Report on vaccination in Madras 1877-1894 - 1877-1894
Year: 1877
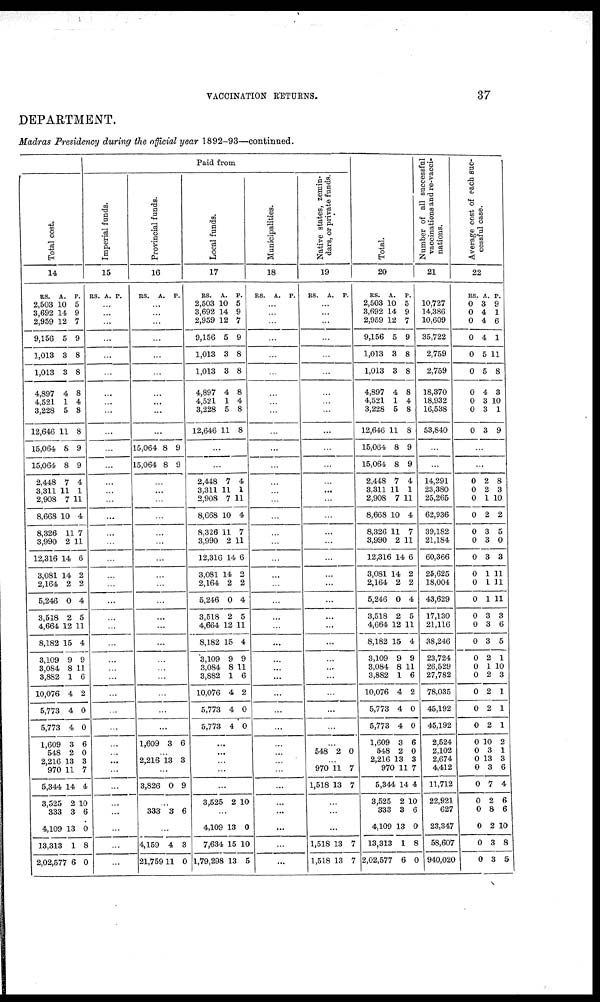
VACCINATION RETURNS.
37
DEPARTMENT.
Madras Presidency during the official year 1892-93—continued.
Total cost.
14
RS.
2,503
3,692
2,959
9,156
1,013
1,013
4,897
4,521
3,228
12,646
15,064
15,064
2,448
3,311
2,908
8,668
8,326
3,990
12,316
3,081
2,164
5,246
3,518
4,664
8,182
3,109
3,084
3,882
10,076
5,773
5,773
1,609
548
2,216
970
5,344
3,525
333
4,109
13,313
2,02,577
A.
10
14
12
5
3
3
4
1
5
11
8
8
7
11
7
10
1]
2
14
14
2
0
2
12
15
9
8
1
4
4
4
3
2
13
11
14
2
3
13
1
6
P.
5
9
7
9
8
8
8
4
8
8
9
9
4
1
11
4
7
11
6
2
2
4
5
11
4
9
11
6
2
0
0
6
0
3
7
4
10
6
0
8
0
Paid from
Imperial funds.
15
RS. A. P.
...
...
...
...
...
...
...
...
...
...
...
...
...
...
...
...
...
...
...
...
...
...
...
...
...
...
...
...
...
...
...
...
...
...
...
...
...
...
...
...
...
Provincial funds.
16
RS.
A. P.
...
...
...
...
...
...
...
...
...
...
15,064
15,064
8
8
9
9
...
...
...
...
...
...
...
...
...
...
...
...
...
...
...
...
...
...
...
1,609 3 6
...
2,216 13 3
...
3,826 0 9
...
333 3 6
...
4,159
21,759
4
11
3
0
Local funds.
17
RS.
2,503
3,692
2,959
9,156
1,013
1,013
4,897
4,521
3,228
12,646
A.
10
14
12
5
3
3
4
1
5
11
P.
5
9
7
9
8
8
8
4
8
8
...
...
2,448
3,311
2,908
8,668
8,326
3,990
12,316
3,081
2,164
5,246
3,518
4,664
8,182
3,109
3,084
3,882
10,076
5,773
5,773
7
11
7
10
11
2
14
14
2
0
2
12
15
9
8
1
4
4
4
4
1
11
4
7
11
6
2
2
4
5
11
4
9
11
6
2
0
0
...
...
...
...
...
3,525 2 10
...
4,102
7,634
1,79,298
13
15
13
0
10
5
Municipalities.
18
RS.
A. P.
...
...
...
...
...
...
...
...
...
...
...
...
...
...
...
...
...
...
...
...
...
...
...
...
...
...
...
...
...
...
...
...
...
...
...
...
...
...
...
...
...
Native states, zemin-
dars, or private funds.
19
RS.
A.
P.
...
...
...
...
...
...
...
...
...
...
...
...
...
...
...
...
...
...
...
...
...
...
...
...
...
...
...
...
...
...
...
...
548 2 0
...
970
1,518
11
13
7
7
...
...
...
1,518
1,518
13
13
7
7
Total.
20
RS.
2,503
3,692
2,959
9,156
1,013
1,013
4,897
4,521
3,228
12,646
15,064
15,064
2,448
3,311
2,908
8,668
8,326
3,990
12,316
3,081
2,164
5,246
3,518
4,664
8,182
3,109
3,084
3,882
10,076
5,773
5,773
1,609
548
2,216
970
5,344
3,525
333
4,109
13,313
2,02,577
A.
10
14
12
5
3
3
4
1
5
11
8
8
7
11
7
10
11
2
14
14
2
0
2
12
15
9
8
1
4
4
4
3
2
13
11
14
2
3
13
1
6
P.
5
9
7
9
8
8
8
4
8
8
9
9
4
1
11
4
7
11
6
2
2
4
5
11
4
9
11
6
2
0
0
6
0
3
7
4
10
6
0
8
0
Number of all successful
vaccinations and re-vacci-
nations.
21
10,727
14,386
10,609
35,722
2,759
2,759
18,370
18,932
16,538
53,840
...
...
14,291
23,380
25,265
62,936
39,182
21,184
60,366
25,625
18,004
43,629
17,130
21,116
38,246
23,724
26,529
27,782
78,035
45,192
45,192
2,524
2,102
2,674
4,412
11,712
22,921
627
23,347
58,607
940,020
Average cost of each suc-
cessful case.
22
RS
0
0
0
0
0
0
0
0
0
0
A
3
4
4
4
5
5
4
3
3
3
P.
9
1
6
1
11
8
3
10
1
9
...
...
0
0
0
0
0
0
0
0
0
0
0
0
0
0
0
0
0
0
0
0
0
0
0
0
0
0
0
0
0
2
2
1
2
3
3
3
1
1
1
3
3
3
2
1
2
2
2
2
10
3
13
3
7
2
8
2
3
3
8
3
10
2
5
0
3
11
11
11
3
6
5
1
10
3
1
1
1
2
1
3
6
4
6
6
10
8
5